[Report on the health of British troops in the Madras command]
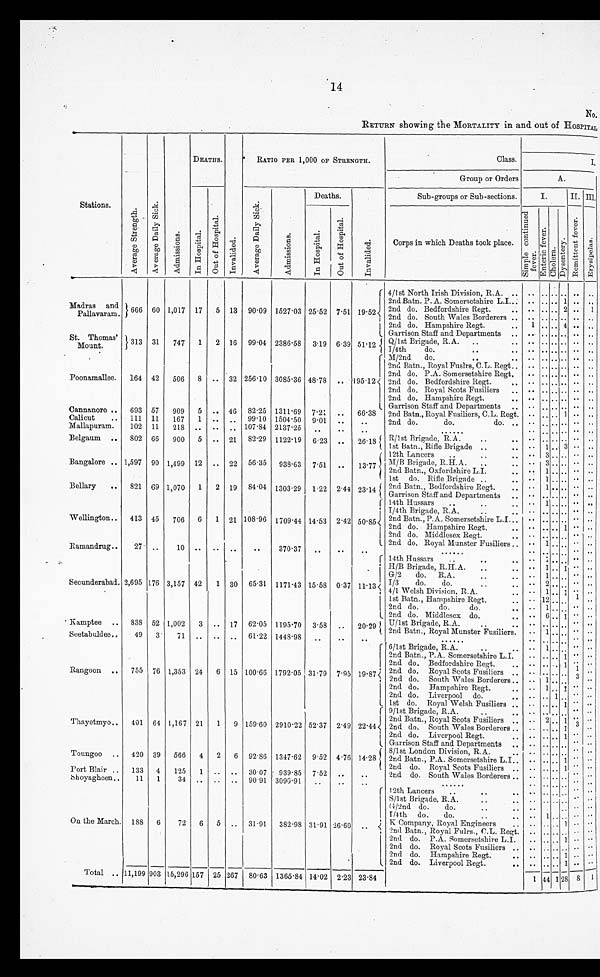
14
No.
RETURN showing the MORTALITY in and out of HOSPITAL
Stations.
A v e r a g e S t r e n g t h . A v e r a g e D a i l y S i c k .
A d m i s s i o n s .
DEATHS.
I n v a l i d e d .
RATIO PER 1,000 OF STRENGTH.
Class.
I.
Group or Orders
A.
I n Ho s p i t a l .
O u t o f H o s p i t a l .
A v e r a g e D a i l y S i c k .
A d mi s s i o n s .
Deaths.
I n v a l i d e d .
Sub-groups or Sub-sections.
I.
II. III.
. 0
,
0
Corps in which Deaths took place.
Cor
S i m p l e c o n t i n u e d f e v e r .
E n t e r i c f e v e r .
C h o l e r a . D y s e n t e r y .
R e m i t t e n t f e v e r .
Er y s i p e i a s .
4/1st North Irish Division, HA..
. .
. . . . . . .. . .
2nd Batn. P. A. Somersetshire L.I. .. .. .. .. .. 1 ... ..
Madras and 666 60 1,017 17 5 13 90 . 09 1527 . 03 25 . 52 7 . 51 19.52 2nd do. Bedfordshire Regt.
.. .. .. 2 .. ..
Pallavaram.
, 2nd do. South Wales Borderers .. .. .. .. .. . . . . 1
2nd do. Hampshire Regt...
.. .. .. 4 .. ..
Garrison Staff and Departments .. .. .. .. .. .. ..
St. Thomas' 313 31 747 1 2 16 99 . 04 2386.58 3. 19 6 . 39 51.12 Q/1st Brigade, R.A. ..
.. .. .. .. . . ..
Mount.
I/4th
do.
. . .. .. .. .. .. ..
M/2nd do.
..
.. .. .. .. .. .. ...
2nd Batn., Royal Fuslrs, C.L. Regt.. . . .. .. .. .. . . .
2nd do. P.A. Somersetshire Rent. .. .. .. .. .. ..
Poomallee. 164 42 506 8 ..
3 2
256.10
3 0 8 5 . 6 48 . 78 .. 195 . 12 2nd do. Bedfordshire Regt.
..
. .
. . . . . . .. . .
2nd do. Royal Scots Fusiliers .. . .
. . . . . . .. . .
2nd do. Hampshire Rent.
..
. .
. . . . . . .. . .
Staff Sta
Departments
and an
G
..
Garrison arr
. . . . .. . . .. . .
.. . .
Cannanore .. 693 57 909 5 .. 46 82.5 1311 . 69 7.21 .. 66.38 2nd Batn., Royal Fusiliers, C.L. Rent. . . .. .. 1 .. ..
Calicut
.. 111 11 167 1 .. .. 99 . 10 1504 . 50 9.01 ..
...
2n do. do. do.
..
.. .. .. .. .. ..
Mallapuram.
102 11 218 .. .. ..
.. 107.84 2137 . 25 ..
..
..
......
.. .. .. .. .. ..
Belgaum .. 802 66 900 5 .. 2.1 82.29 1122.19 6 . 23 .. 26.18 R/1st Brigade, R.A.
,
.. .
.. . .
.. .. . . .. .. .. ..
1st Baton., Rifle Brigade ..
. .
. . . 1 . . 3 . . . .
,
12th Lancers
..
..
..
. . . . 3 . . . . . .
Bangalore
1,597 90
1,499 12
. . 22 56.35 938 . 63
7.51 ..
1 3
, 7 7
M/B Brigade,R..H. A. . ..
. . . . 3 . . . . . .
..
..
..
2nd Baton.,
LEI.
.,
. . . . 1 . . . . . .
1st do. Rifle Brigade ..
..
. . . . 1 . . . . . .
Bellary
.. 821 69 1,070 1 2 19 84 . 04 1303 . 29 1 . 22 2.44 23 . 14 2nd Batn., Bedfordshire Regt.
.. .. 1 .. .. . . . . .
Garrison Staff and Departments ..
. .
. . . . . . . . . .
14th Hussars
.. ..
. . . . 1 . . . . . .
I/4th Brigade, R.A.
.. ..
..
. . . . . . . . . .
Wellington.. 413 45 706 6 1
21 108.96 1709.44 14 . 53 2 .42 50.85 2nd Batn., P.A. Somersetshire ..
.. .. .. .. ..
. .
2nd do. Hampshire Regt.
.. .. .. 1 ..
. .
2nd do. Middlesex Regt.
.. .. .. .. .. ..
. .
2nd do. Royal Munster Fusiliers .. .. 1 .. .. .. . .
Ramandrug..
27 ..
10 .. .. ..
..
370.37 ..
..
..
.......
.. .. .. .. .. . .
14th Hussars
.. .. ..
.. 1 .. .. .. . .
.
H/B Brigade, R.H..A.. ..
..
1 .. 1 ..
. .
G/2 do. R.A.
.. ..
..
1.. .. ..
. .
Secunderabad. 2,695 176 3,157 42 1 30 65.31 1171 .43 15 . 58 0 . 37 11.13 I / 3
do. do. .. ..
.. 2 .. .. ..
. .
, 4/1
Division,..
.. 1 .. .. ..
. .
1st Batn., Hampshire Regt.
. . . . .. 12 . . . .. 1 . .
2nd do.
do.
do.
.. .. 1 .. .. ..
. .
L 2nd do. Middlesex do.
.. 6 .. 1 ..
. .
. Kamptee
838 52
1,002 3
..
17 62 . 05 1195 . 70 3 . 58
..
20 . 29 TT/lst Briffade
- , Brigade, R "
. . . .
.. .. .. .. .. ..
. .
..
2nd Batn., Royal Munster Fusiliers.
..
1 .. .. .. ..
Seetabuldee..
49 3
71 .. .. .. 61 . 22 1448 . .98 ..
..
..
.......
.. .. .. ....
. .
6/1st Brigade,.A...
.. 1 .. .. ..
. .
2nd Batn., P.A. Somersetshire L.I. .. .. .. 1 ..
. .
2nd do. Bedfordshire Regt.
.. . . .. .. . 1 .. ..
Rangoon
755 76 1,353 24 6 15 100-66 1792 . 05 31 . 79 7 . 95 19.87 2nd do. Royal Scots Fusiliers .. .. .. .. .. .. . .
..
, 2nd do. South Wales Borderers. .. .. 1 .. ..
. .
2nd do. Ifampshire Regt.
.. .. ..
. .
2nd do. Liverpool do.
.. .. .. 1 ..
. .
1st do. Royal Welsh Fusiliers .. . . .. .... 1 ..
. .
9/1st Brigade, R.A.
..
.. . . . . . . . .. ..
2nd Batn., Royal Scots Fusiliers . .. .. 2 .. 1 .... . .
Thayetmyo.. 401 64 1,167 21 1 9 159 . 60 2910 . 22 52. 37 2 .49 22 .44 2nd do. South Wales Borderers . . .. .. .. 1 ..
. .
2nd do. Liverpool Regt.
.. .. .. 1 ..
. .
Garrison Staff and Departments .. .. .. .. .. ..
. .
8/1st London Division, R.A.
.. .. .. .. ....
Tounnoo .. 420 39 566 4 2 6 92 . 86 1347-62 9 . 52 4-76 14. 28 2nd Batn., P.A. Somersetshire L.I.. .. ....
1.. ..
..
2nd do. Royal Scots Fusiliers .. . . .... 1 ..
Port Blair .. 133 4 125 1 .. .. 30 . 07 939 . 85 7.52 ..
..
2nd do. South Wales Borderers .. . . .. .. ....
. .
hhoyanheen..
11 1
31 .. .. .. 9091 3090 . 91 ..
..
..
.......
. . .. .. .. ..
. .
1 2th Lancers
..
..
.. . . . . .. .. ..
.
.
S/1st Brigade, R.A.
.
..
.. .. .. ..
1/2nd do.
do.
.. .. .. .. .. ..
. .
1/4th do.
do.
..
.. ..
. .
On the March. 188 6
72 6 5
31 . 91 382 . 98 31 . 91 26-60
.. K Company, Royal Engineers
.. ... .. .. 1
. .
.
..
2nd Batn., Royal Fulrs., C.L. Regt. .. .. .. . . . . . ...
2nd do. P.A. Somersetshire L.I.
.. .... 1 ..
. .
2nd do. Royal Scots Fusiliers .. .. .. .. .. . . . .
2nd do. Hampshire Regt.
.. .... .. .. ..
. .
2nd do. Liverpool Rent..
.. .. .. 1 ..
Total .. 11,199 903 15,296 157 1 25 267 80 . 63 1365 . 84 14. 02 2.23 23 . 84
1 44 1 28 8